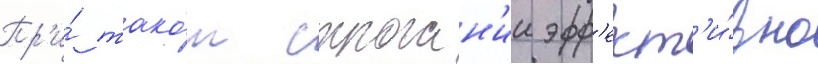
Пр'и́ тако́м строган'ии эфф'ект'и́вно